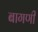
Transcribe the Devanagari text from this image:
बागणी